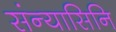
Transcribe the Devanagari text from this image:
संन्यासिनि